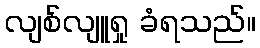
လျစ်လျူရှု ခံရသည်။